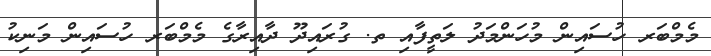
މެމްބަރ ހުސައިން މުހަންމަދު ލަތީފާއި ތ. ގުރައިދޫ ދާއިރާގެ މެމްބަރ ހުސައިން މަނިކު